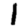
Digit: 1